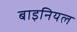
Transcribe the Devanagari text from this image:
बाइनियल